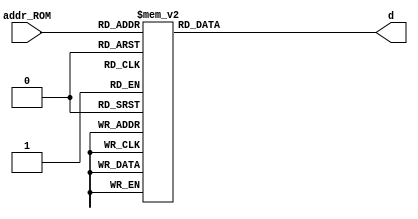
`timescale 1ns / 1ps
//////////////////////////////////////////////////////////////////////////////////
// Company: Universidad de Gualadajara
// 
// Design Name: ROM_I
// Module Name: ROM_I
// Project Name: Processor
// Target Devices: 
// Tool Versions: 
// Description: 
// 
// Dependencies: 
// 
// Revision:
// Revision 0.01 - File Created
// Additional Comments:
// 
//////////////////////////////////////////////////////////////////////////////////



module ROM_I(
    input [3:0] addr_ROM,
    output reg [31:0] d
    );
    
    always@*
    begin
			case(addr_ROM)
				4'b0000 : d <=  32'b00000000010000010000000000000010;
				4'b0001 : d <=  32'b00000000001000100000000000000110; 
				4'b0010 : d <=  32'b00001000001000100000000000000010; 
				4'b0011 : d <=  32'b00000000000000000000000000000101;
				4'b0100 : d <=  32'b00000000000000000000000000000110;
				4'b0101 : d <=  32'b00000000000000000000000000000110; 
				4'b0110 : d <=  32'b00000000000000000000000000000111; 
				4'b0111 : d <=  32'b00000000000000000000000000001000; 
				4'b1000 : d <=  32'b00000000000000000000000000001001; 
				4'b1001 : d <=  32'b00000000000000000000000000001010; 
				4'b1010 : d <=  32'b00000000000000000000000000001011;
				4'b1011 : d <=  32'b00000000000000000000000000001100;
				4'b1100 : d <=  32'b00000000000000000000000000001101;
				4'b1101 : d <=  32'b00000000000000000000000000001110;
				4'b1110 : d <=  32'b00000000000000000000000000000000; 
                4'b1111 : d <=  32'b00000000000000000000000000000001; 

				default : d <= 32'bzzzzzzzzzzzzzzzzzzzzzzzzzzzzzzzz;	

		endcase//FIN case en          
    end
endmodule